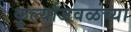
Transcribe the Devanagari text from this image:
कुर्ल्याजवळच्या